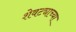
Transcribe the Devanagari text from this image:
शेवट्याच्या